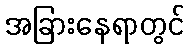
အခြားနေရာတွင်